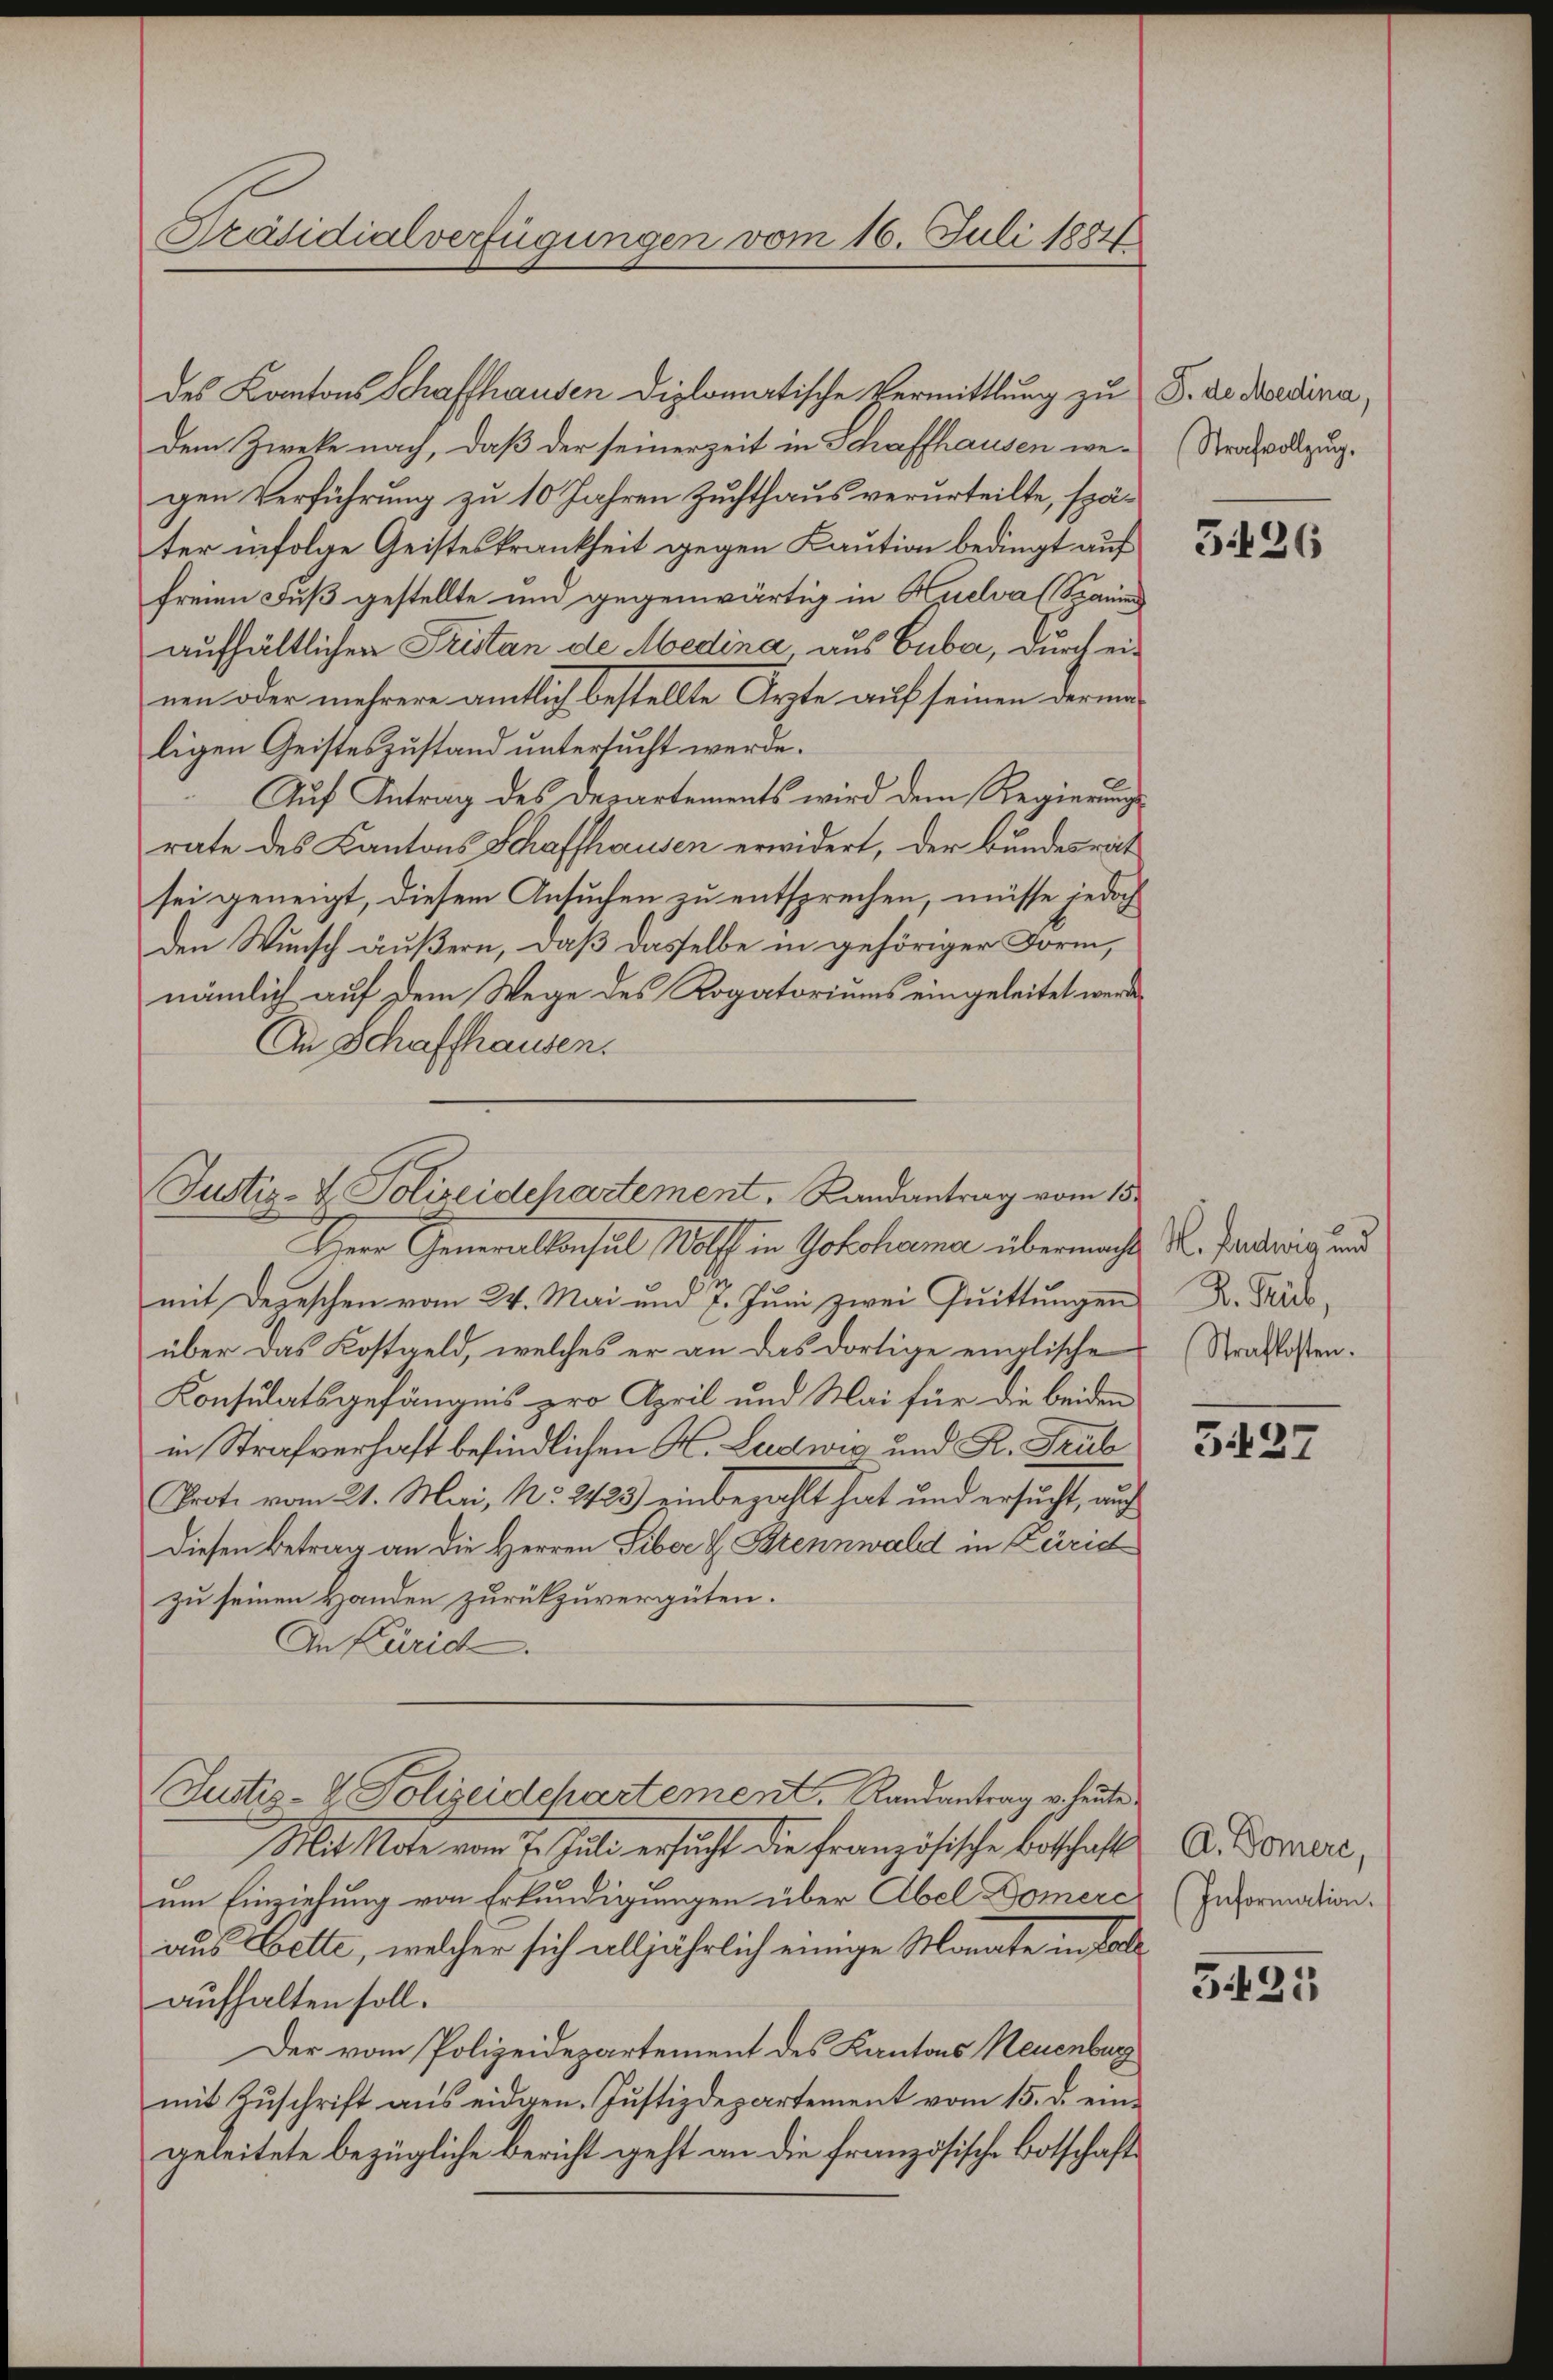
Präsidialverfügungen vom 16. Juli 1884

des Kantons Schaffhausen Diplomatische Vermittlung zu S. die Bedina,
dem Zweke nach, daß der seinerzeit in Schaffhausen wegen Verführung zu 10 Jahren Zuchthaus verurteilte, später infolge Geisteskrankheit gegen Kaution bedingt auf
freien Fuß gestellte und gegenwärtig in Huelva (Sauer
aufhältlichen Fristan de Medina aus Guba, durch einen oder mehrere amtlich bestellte Ärzte auf seinen derma-
ligen Geisteszustand untersucht werde.
Auf Antrag des Departements wird dem Regierungs
rate des Kantons Schaffhausen erwidert, der Bundesrät
sei geneigt, diesem Ansuchen zu entsprechen, müsse jedoch
den Wunsch äußern, daß dasselbe in gehöriger Form,
nämlich auf dem Wege des Rogatoriums eingeleitet werde,
An Schaffhausen.

Justiz- & Polizeidchartement, Randantrag vom 15.

Herr Generalkonsul Wolf in Yokohama übermacht. K. Paris und
mit Depeschen vom 24. Mai und 7. Juni zwei Quittungen
über das Kostgeld, welches er an das dortige einglische
Konsulatsgefängnis pro April und Mai für die beiden
in Strafverhaft befindlichen H. Ludwig und R. Trub
Prote vom 21. Mai, No. 2423) einbezahlt hat und ersucht, auf
Diesen Betrag an die Herren Siber & Brennwald in Züric
zu seinen Handen zurückzuvergüten.
An Küric
Justiz- & Polizeidchartement. Randantrag v. heute
Mit Note vom 7. Juli ersucht die französische Botschaft
um Einzielung von Erkundigungen über Abel Domerc
aus Bette, welcher sich alljährlich einige Monate in Fall
aufhalten soll.
Der vom Polizeidepartement des Kantons Neuenburg
mit Zuschrift aus eidgen. Justizdepartement vom 15. d. eingeleitete bezügliche Bericht geht an die französische Botschafts

Strafvollzug.

5426

R. Trüb,
Strafkosten.

3427

A. Domere,
Information.

5435